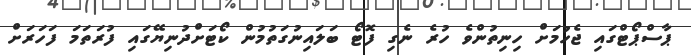
ޕާސްޕޯޓްގައި ޖެހުމަށް ހިނިތުންވެ ހުރެ ނެގި ފޮޓޯ ބަލައިނުގަތުމުން ކޯޓަށްދުނިޔޭގައި ފުރަތަމަ ފަހަރަށް